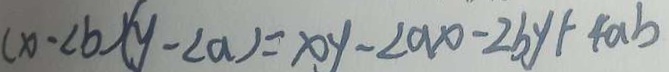
( x - 2 b ) ( y - 2 a ) = x y - 2 a x - 2 b y + 4 a b